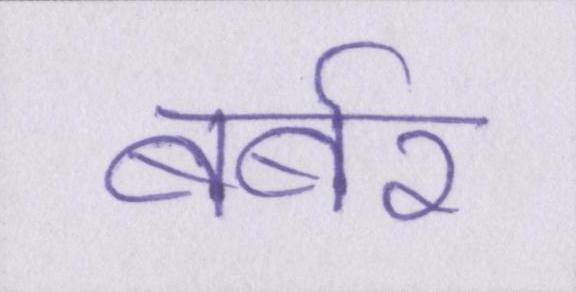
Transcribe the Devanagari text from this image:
बर्बर